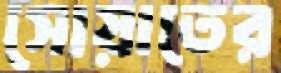
সোয়াতের